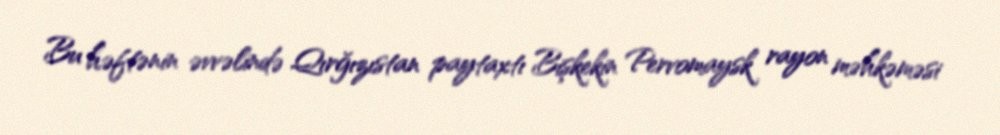
Bu həftənin əvvəlində Qırğızıstan paytaxtı Bişkekin Pervomaysk rayon məhkəməsi